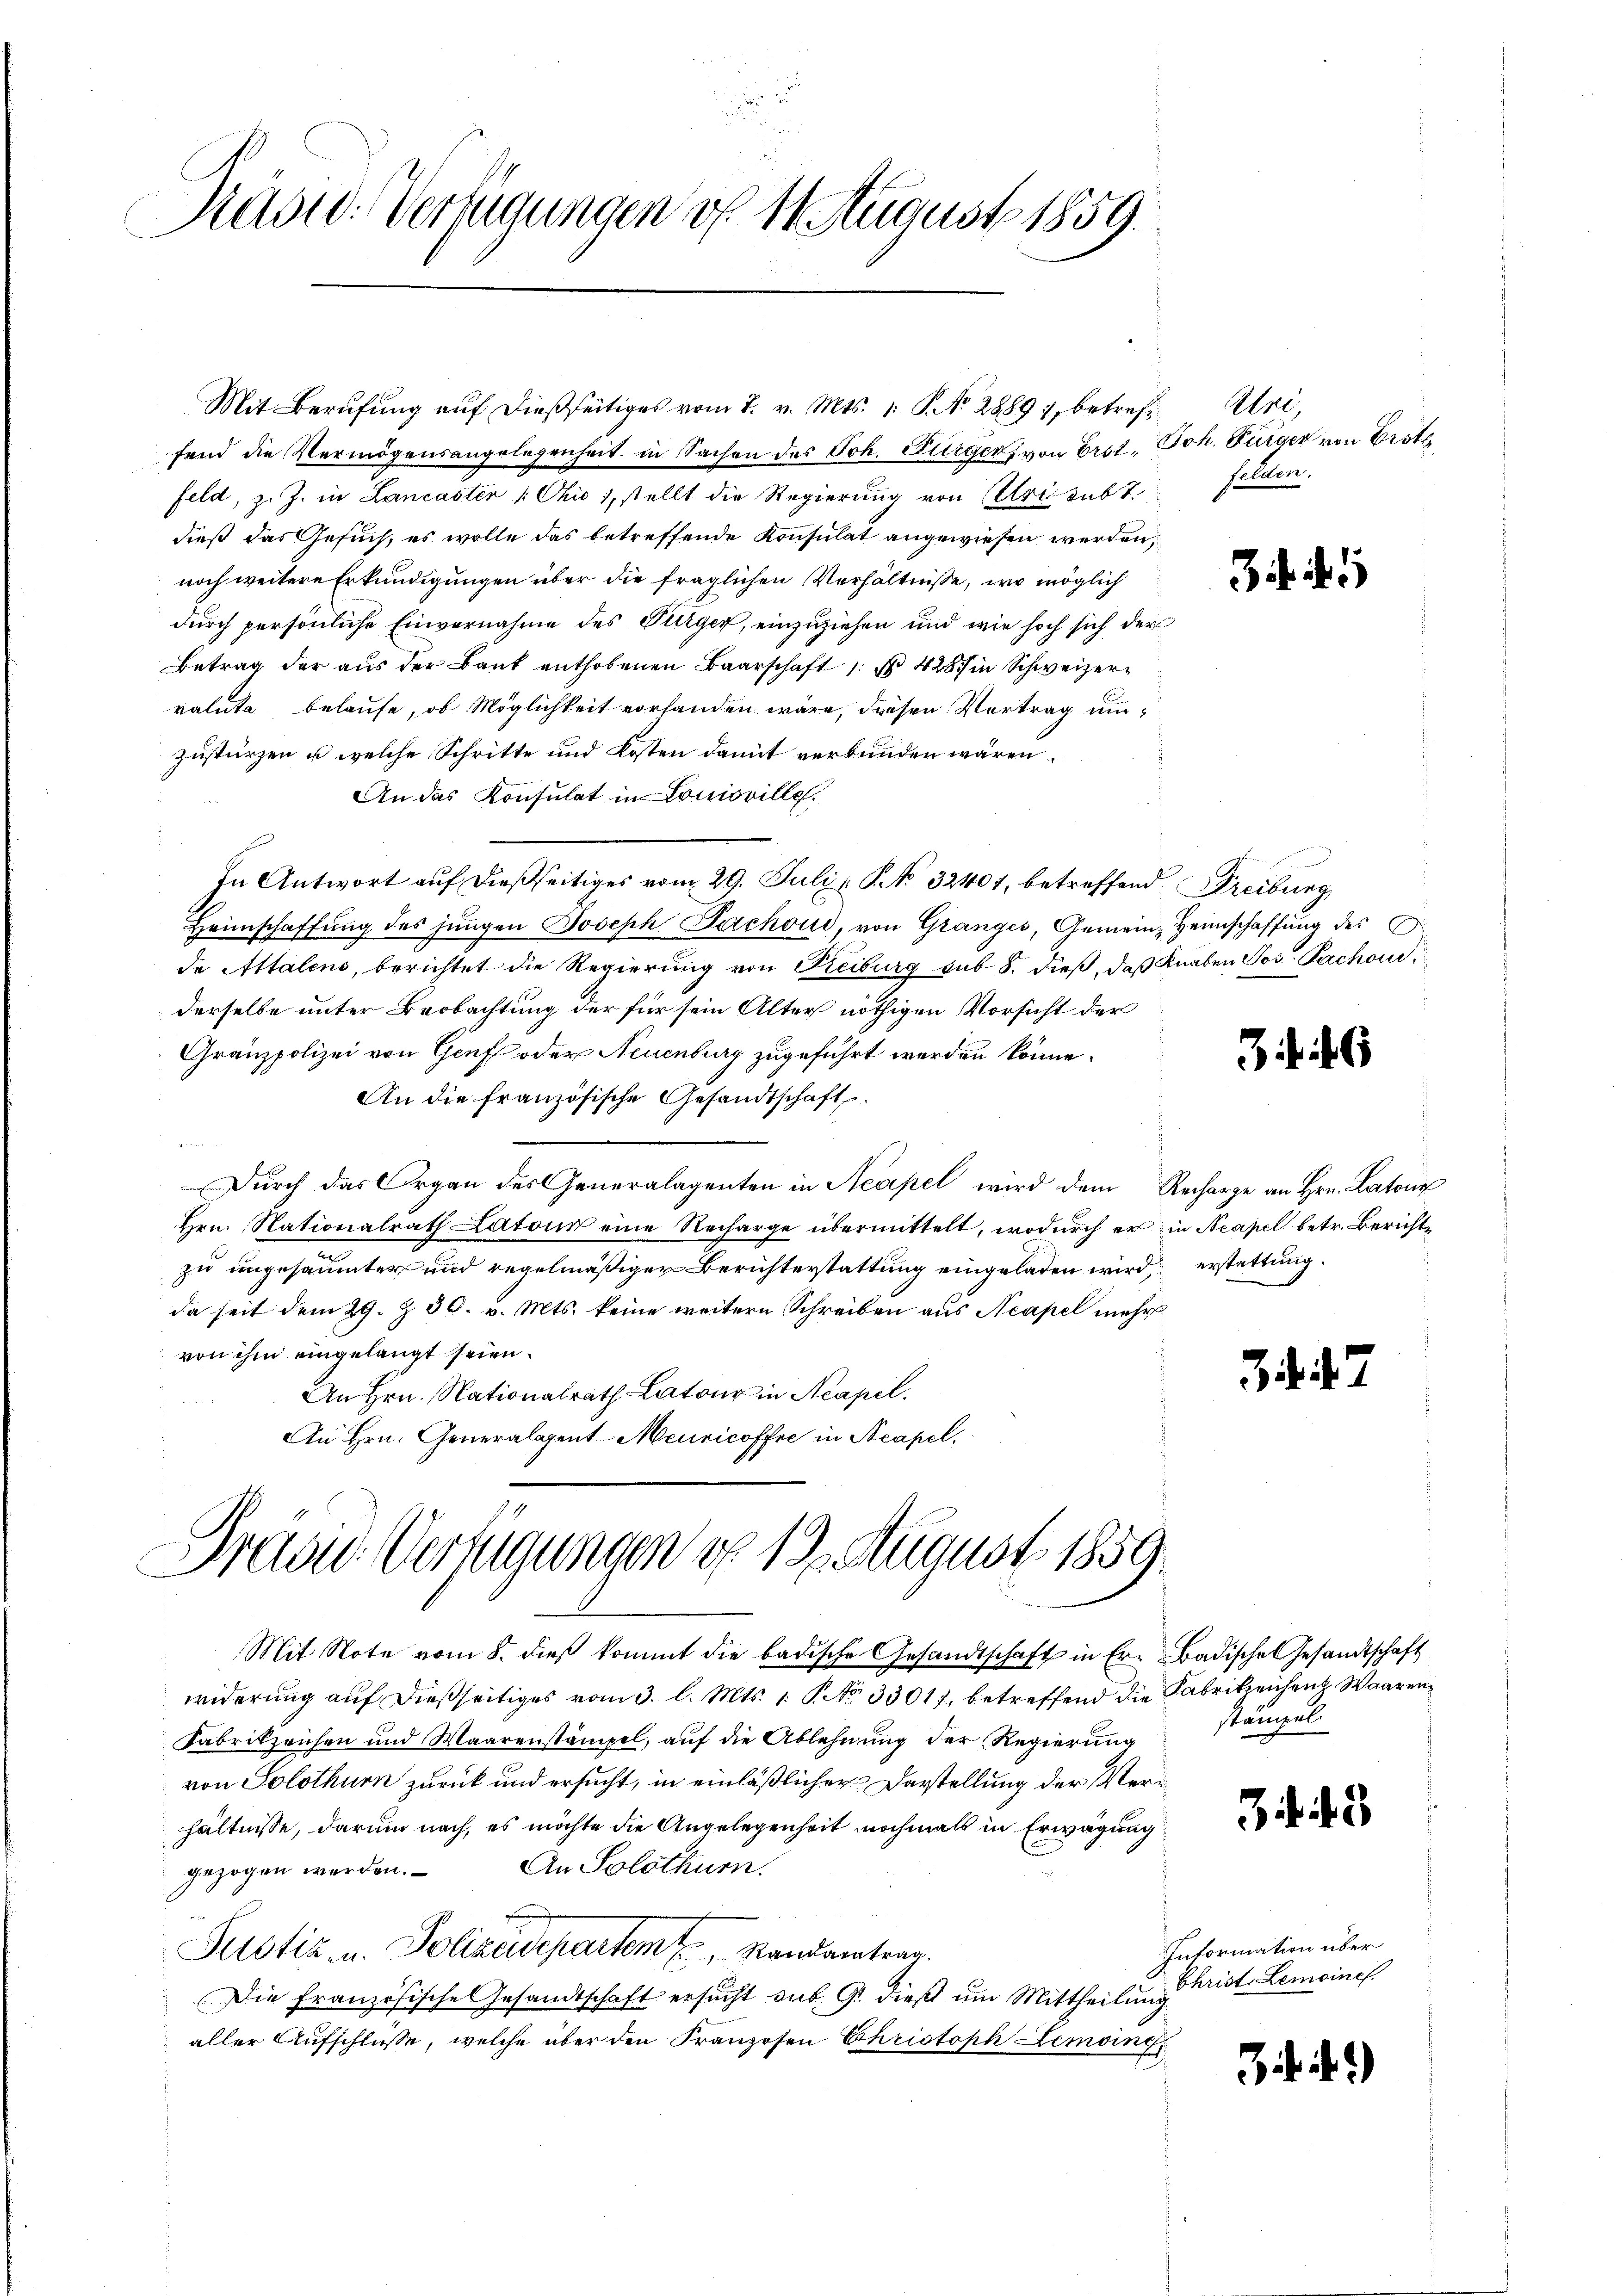
Rasid: Verfügungen d. 14 August 1859.

Mit Berufung auf dießseitiges vom 7. v. Mts. 1. S. No 28897, betreffend die Vermögensangelegenheit in Sachen des Joh. Bürger, von Erst, Joh. Bürger von Erste
Feld, z. Z. in Lancaster „ Ohio 1, stellt die Regierung von Uri subt.
dieß das Gesuch, es wolle das betreffende Konsulat angewiesen werden;
noch weitere Erkundigungen über die fraglichen Verhältnisse, wo möglich
durch persönliche Einvernahme des Turger, einzuziehen und wie hoch sich der
Betrag der aus der Baut enthobenen Baarschaft 1 428 in Schweizervaluta belaufe, ob Möglichkeit vorhanden wäre, diesen Vertrag umzustürzen u. welche Schritte und Kosten damit verbunden wären,
An das Konsulat in Lonioville.
Heimschaffŭng des jungen Joseph Lachoud, von Granges, Gemein Heimschaffung des
de Attalens, berichtet die Regierung von Freiburg sub 8. dieß, daß Knaben Jos. Pachou
derselbe unter Beobachtung der für sein Alter nöthigen Vorsicht der
Gränzpolizei von Genf oder Neuenburg zugeführt werden könne.
An die französische Gesandtschaft.
Durch das Organ des Generalagenten in Neapel wird dem Recharge an Hrn. Latone
Hrn. Nationalrath Latour eine Recharge übermittelt, wodurch er in Neapel betr. Berichtzu ungesäumter und regelmäßiger Berichterstattung eingeladen wird, erstattung.
da seit dem 29. Z. 36. v. Mts. keine weitern Schreiben aus Neapel mehr
von ihm eingelangt seien.
An Hrn. Nationalrath Latour in Neapel.
An Hrn. Generalpent-Meuricoffre in Acapel.

In Antwort auf dießseitiges vom 29. Juli u. No 32401, betreffend Freiburg

Tradie Verfügungen d. 12. August 1859.

Alre
felden.

Mit Note vom 8. dieβ kommt die badische Gesandtschaft in Er- Badisches Gesandtschaft
widerung auf dießseitiges vom 3. l. Mts. 1. P. No. 33017, betreffend die Fabrikzeiheit Waaren
Fabrikzeichen und Waarenstämpel, auf die Ablehnung der Regierung
von Solothurn zurück und ersucht, in einläßlicher Darstellung der Verhältnisse, darum nach, es möchte die Angelegenheit nochmals in Erwägung
An Solothurn.
gezogen werden.
Pustiz- u. Polizeidepartem Randantrag.
Die Französische Gesandtschaft ersucht sub. 9. dieß um Mittheilung
aller Aufschlüsse, welche über den Franzosen Christoph Demoins

3 1

36

33

stampel

. . 2

Intormation über
Christ. Lemoines

. . .